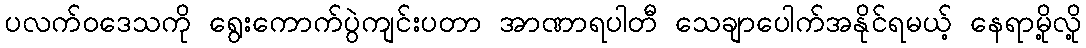
ပလက်ဝဒေသကို ရွေးကောက်ပွဲကျင်းပတာ အာဏာရပါတီ သေချာပေါက်အနိုင်ရမယ့် နေရာမို့လို့